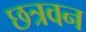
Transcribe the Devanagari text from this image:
छत्रवन